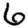
Digit: 6